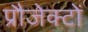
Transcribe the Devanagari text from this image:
प्रौजेक्टों